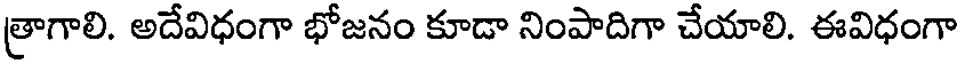
త్రాగాలి. అదేవిధంగా భోజనం కూడా నింపాదిగా చేయాలి. ఈవిధంగా